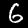
Digit: 6